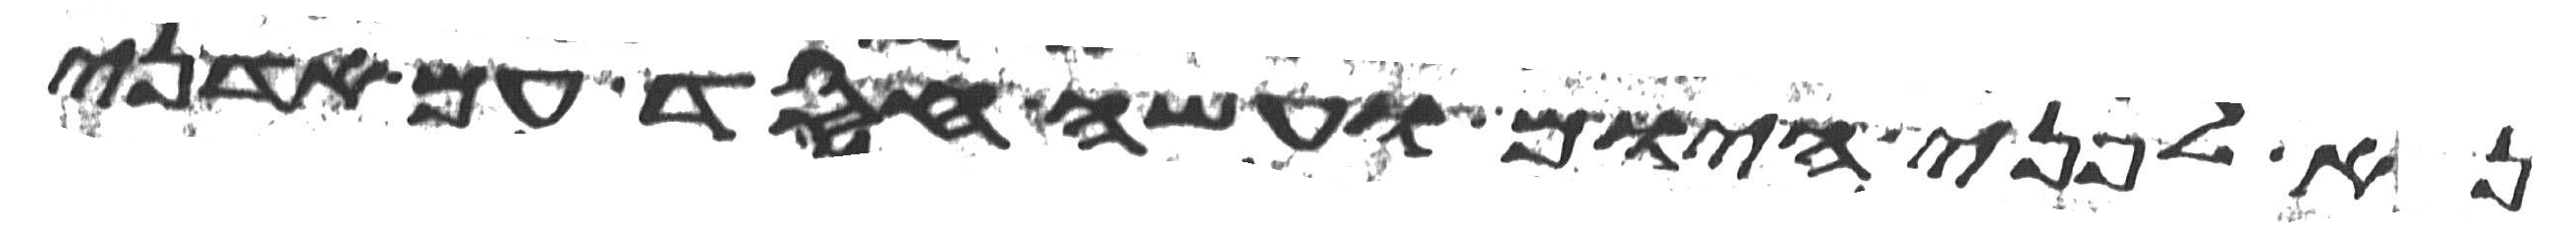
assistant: נא לפני היום ועשה חסד עם אדני